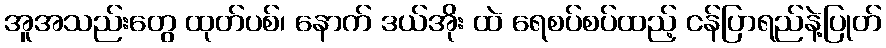
အူအသည်းတွေ ထုတ်ပစ်၊ နောက် ဒယ်အိုး ထဲ ရေစပ်စပ်ထည့် ငန်ပြာရည်နဲ့ပြုတ်